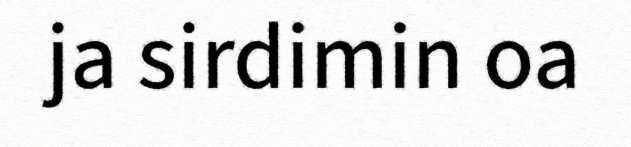
ja sirdimin oa